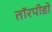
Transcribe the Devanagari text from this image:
तॉरपीडो